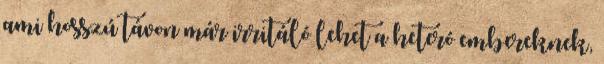
ami hosszú távon már irritáló lehet a heteró embereknek,